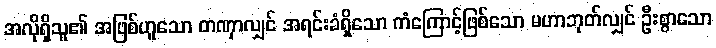
အလိုရှိသူ၏ အဖြစ်ဟူသော တဏှာလျှင် အရင်းခံရှိသော ကံကြောင့်ဖြစ်သော မဟာဘုတ်လျှင် ဦးစွာသော